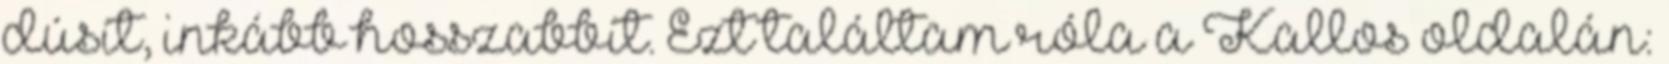
dúsít, inkább hosszabbít. Ezt találtam róla a Kallos oldalán: